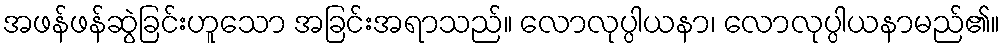
အဖန်ဖန်ဆွဲခြင်းဟူသော အခြင်းအရာသည်။ လောလုပ္ပါယနာ၊ လောလုပ္ပါယနာမည်၏။